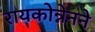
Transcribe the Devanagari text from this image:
रायकोन्नेनने